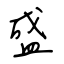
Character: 盛